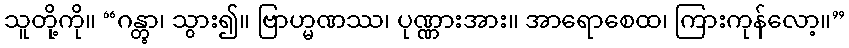
သူတို့ကို။ “ဂန္တွာ၊ သွား၍။ ဗြာဟ္မဏဿ၊ ပုဏ္ဏားအား။ အာရောစေထ၊ ကြားကုန်လော့။”